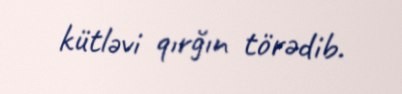
kütləvi qırğın törədib.